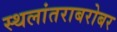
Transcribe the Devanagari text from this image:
स्थलांतराबरोबर